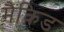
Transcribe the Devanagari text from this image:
मैकिड